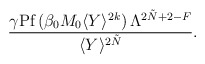
\begin{align*}\frac{\gamma\mbox{Pf}\,(\beta_{0} M_{0} \langle Y\rangle^{2k})\, \Lambda^{2\tilde{N}+2-F}} {\langle Y\rangle^{2\tilde{N}}} .\end{align*}